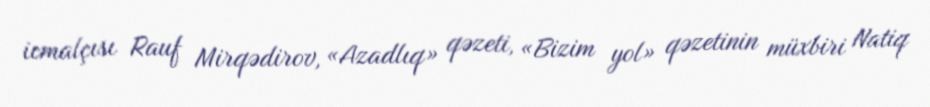
icmalçısı Rauf Mirqədirov, «Azadlıq» qəzeti, «Bizim yol» qəzetinin müxbiri Natiq